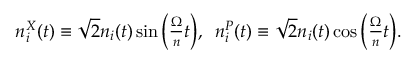
\begin{array} { r } { n _ { i } ^ { X } ( t ) \equiv \sqrt { 2 } n _ { i } ( t ) \sin \Big ( \frac { \Omega } { n } t \Big ) , \; \; n _ { i } ^ { P } ( t ) \equiv \sqrt { 2 } n _ { i } ( t ) \cos \Big ( \frac { \Omega } { n } t \Big ) . } \end{array}